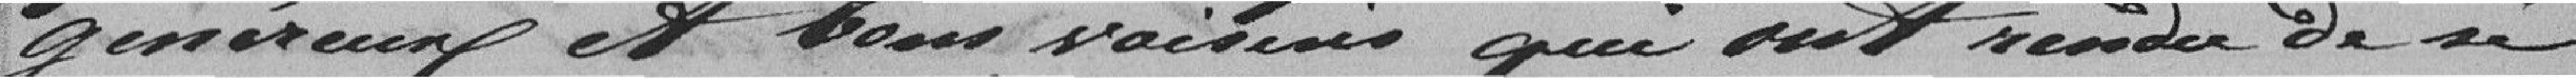
généreux et bons voisins qui ont rendu de si